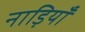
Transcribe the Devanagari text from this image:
नाड़ियॉं